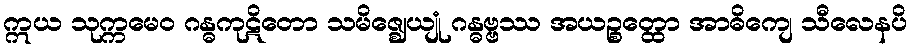
ဣယ သုက္ကမေဝ ဂန္ဓကုဋိတော သမိဇ္ဈေယျုံ ဂန္ဓဗ္ဗဿ အယဉ္စတ္ထော အာဓိကျေ သီလေနပိ